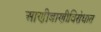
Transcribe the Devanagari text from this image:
आणीबाणीविरोधात